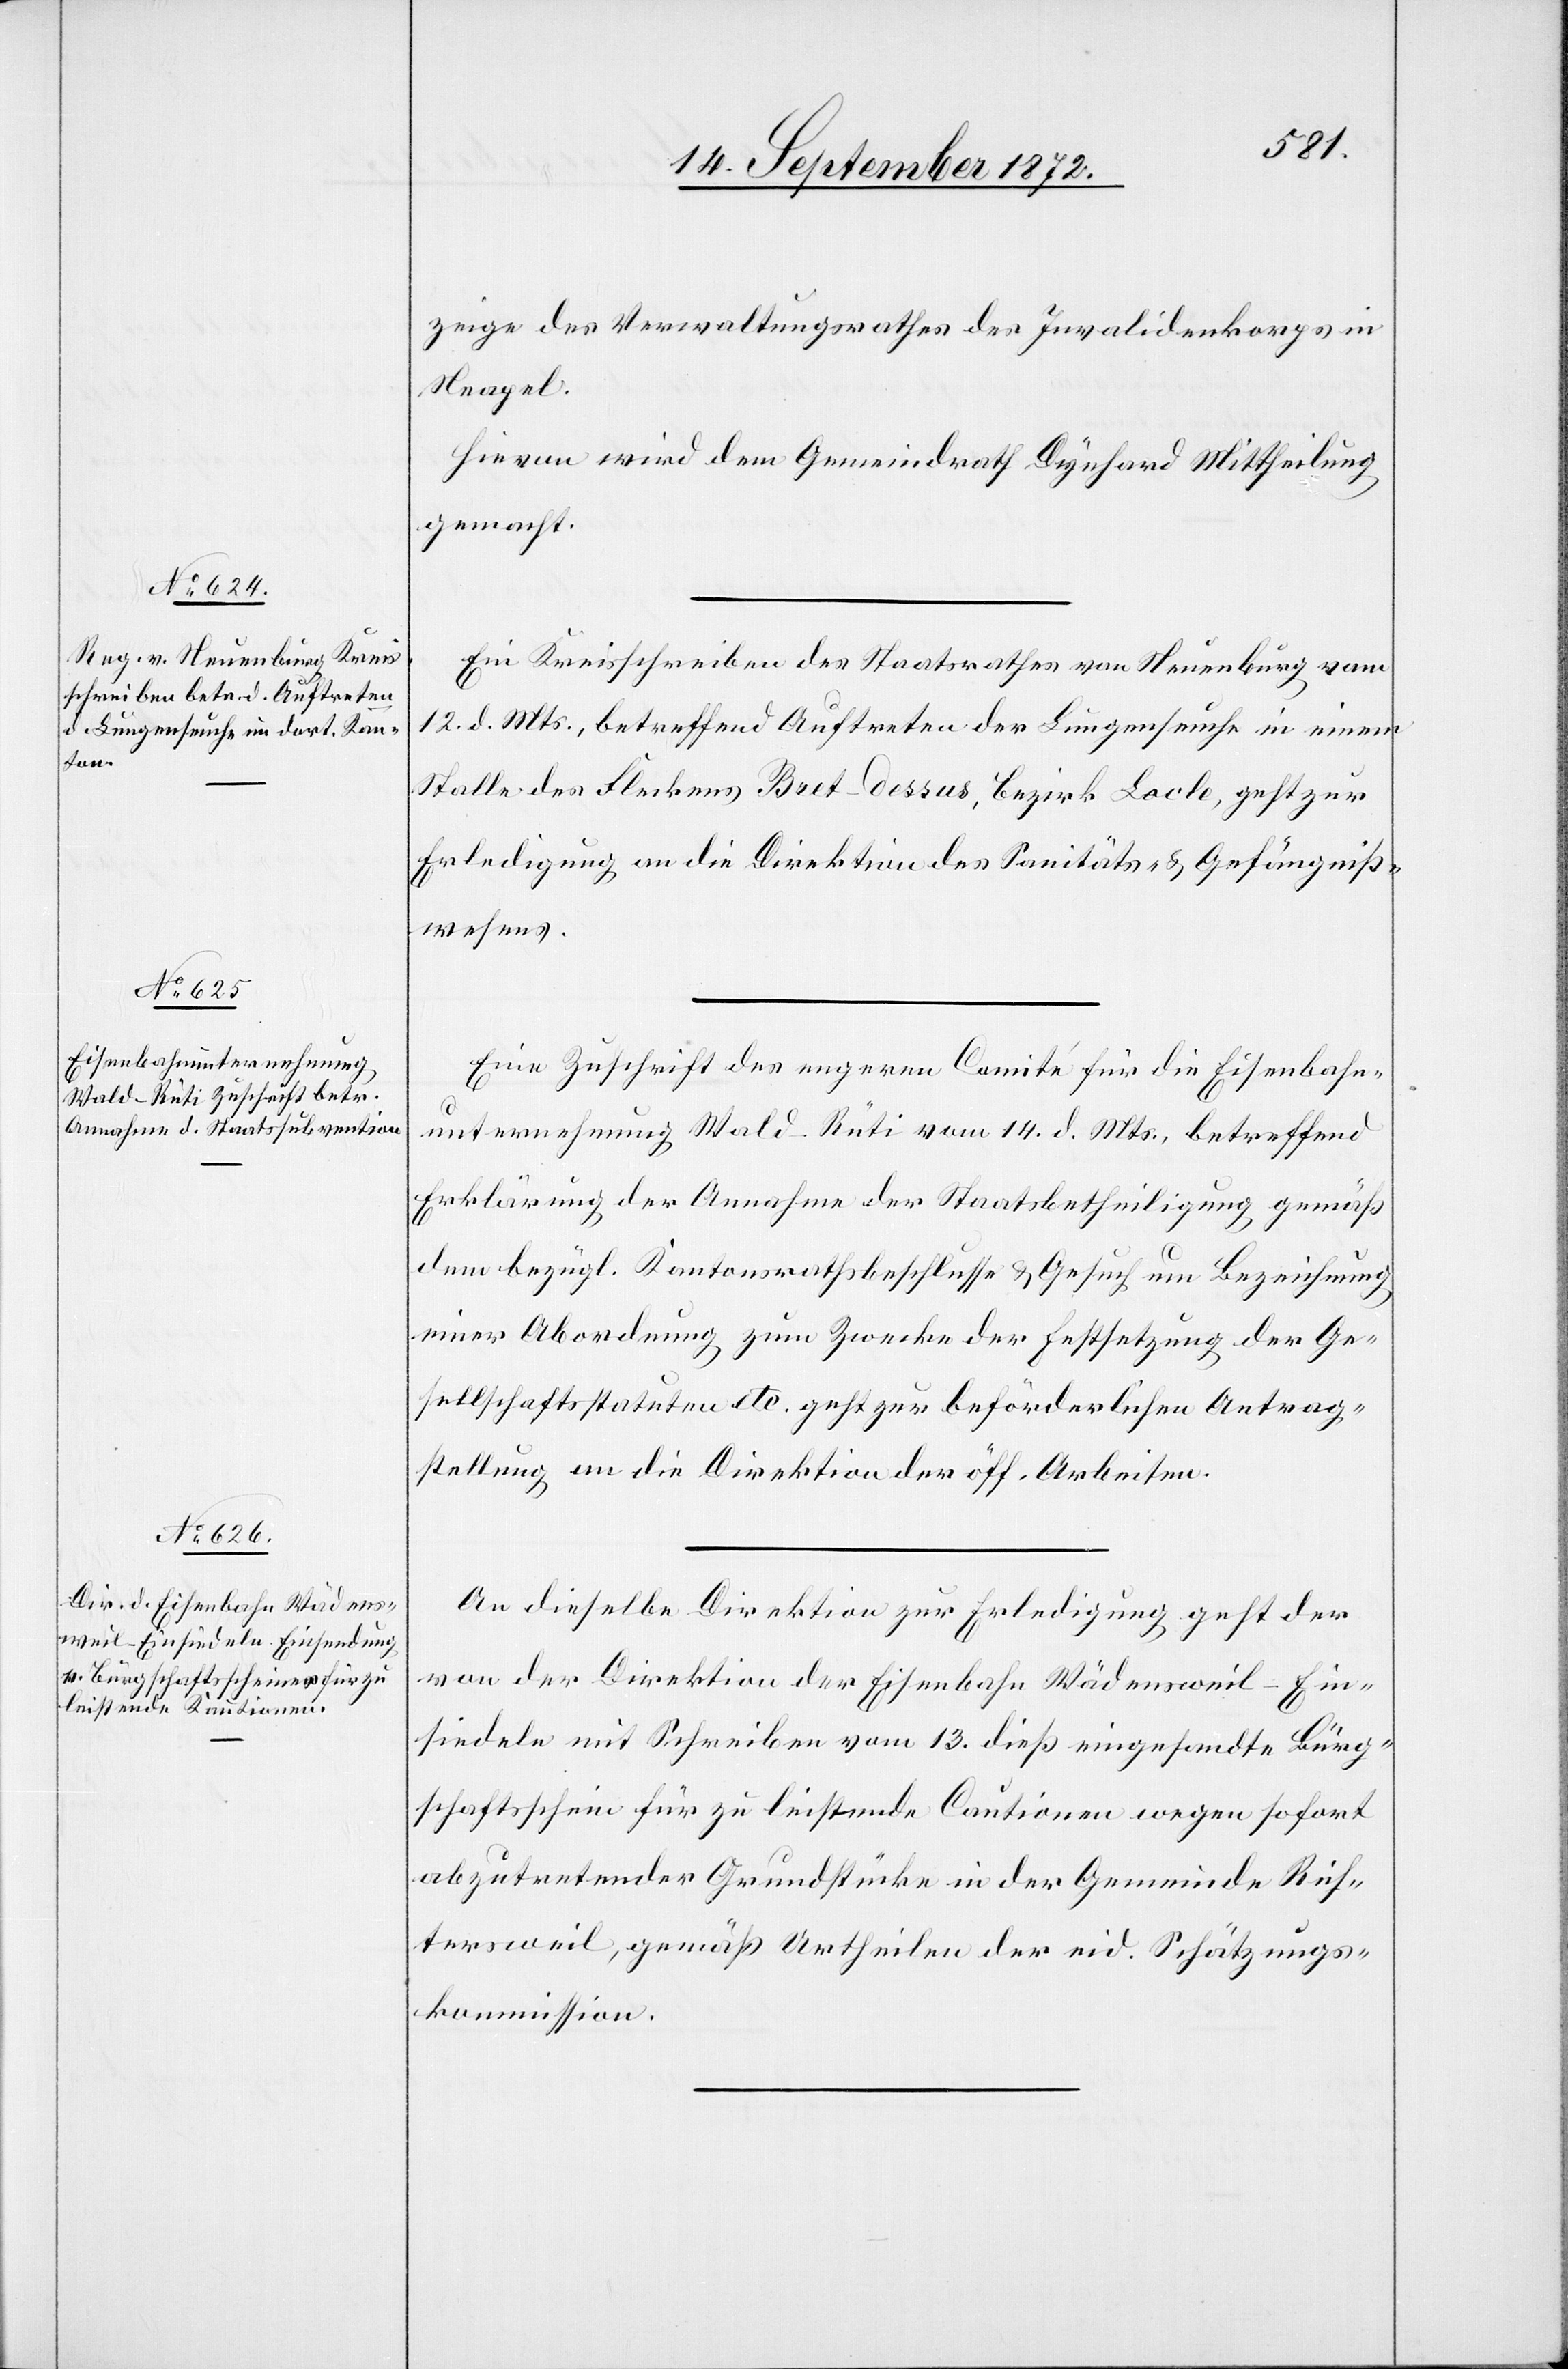
16. September 1872]
zeige des Verwaltungsrathes des Invalidenkorps in
Neapel.
Hievon wird dem Gemeindrath Dynhard Mittheilung
gemacht.
Ein Kreisschreiben des Stadtrathes von Neuenburg vom
12. d. Mts., betreffend Auftreten der Lungenseuche in einem
Stalle des Fleckens Bret-dessus, Bezirk Locle, geht zur
Erledigung an die Direktion des Sanitäts- u. Gefängniß¬
wesens.
Eine Zuschrift des engeren Comité für die Eisenbahn¬
unternehmung Wald–Rüti vom 14. d. Mts., betreffend
Erklärung der Annahme der Staatsbetheiligung gemäß
dem bezügl. Kantonsrathsbeschluss u. Gesuch um Bezeichnung
einer Abordnung zum Zwecke der Festsetzung der Ge¬
sellschaftsstatuten etc. geht zur beförderlichen Antrag¬
stellung an die Direktion der öff. Arbeiten.
An dieselbe Direktion zur Erledigung geht der
von der Direktion der Eisenbahn Wädensweil–Ein¬
siedeln mit Schreiben vom 13. dieß eingesandte Bürg¬
schaftsschein für zu leistende Cautionen wegen sofort
abzutretender Grundstücke in der Gemeinde Rich¬
tersweil, gemäß Urtheilen der eid. Schätzungs¬
kommission.